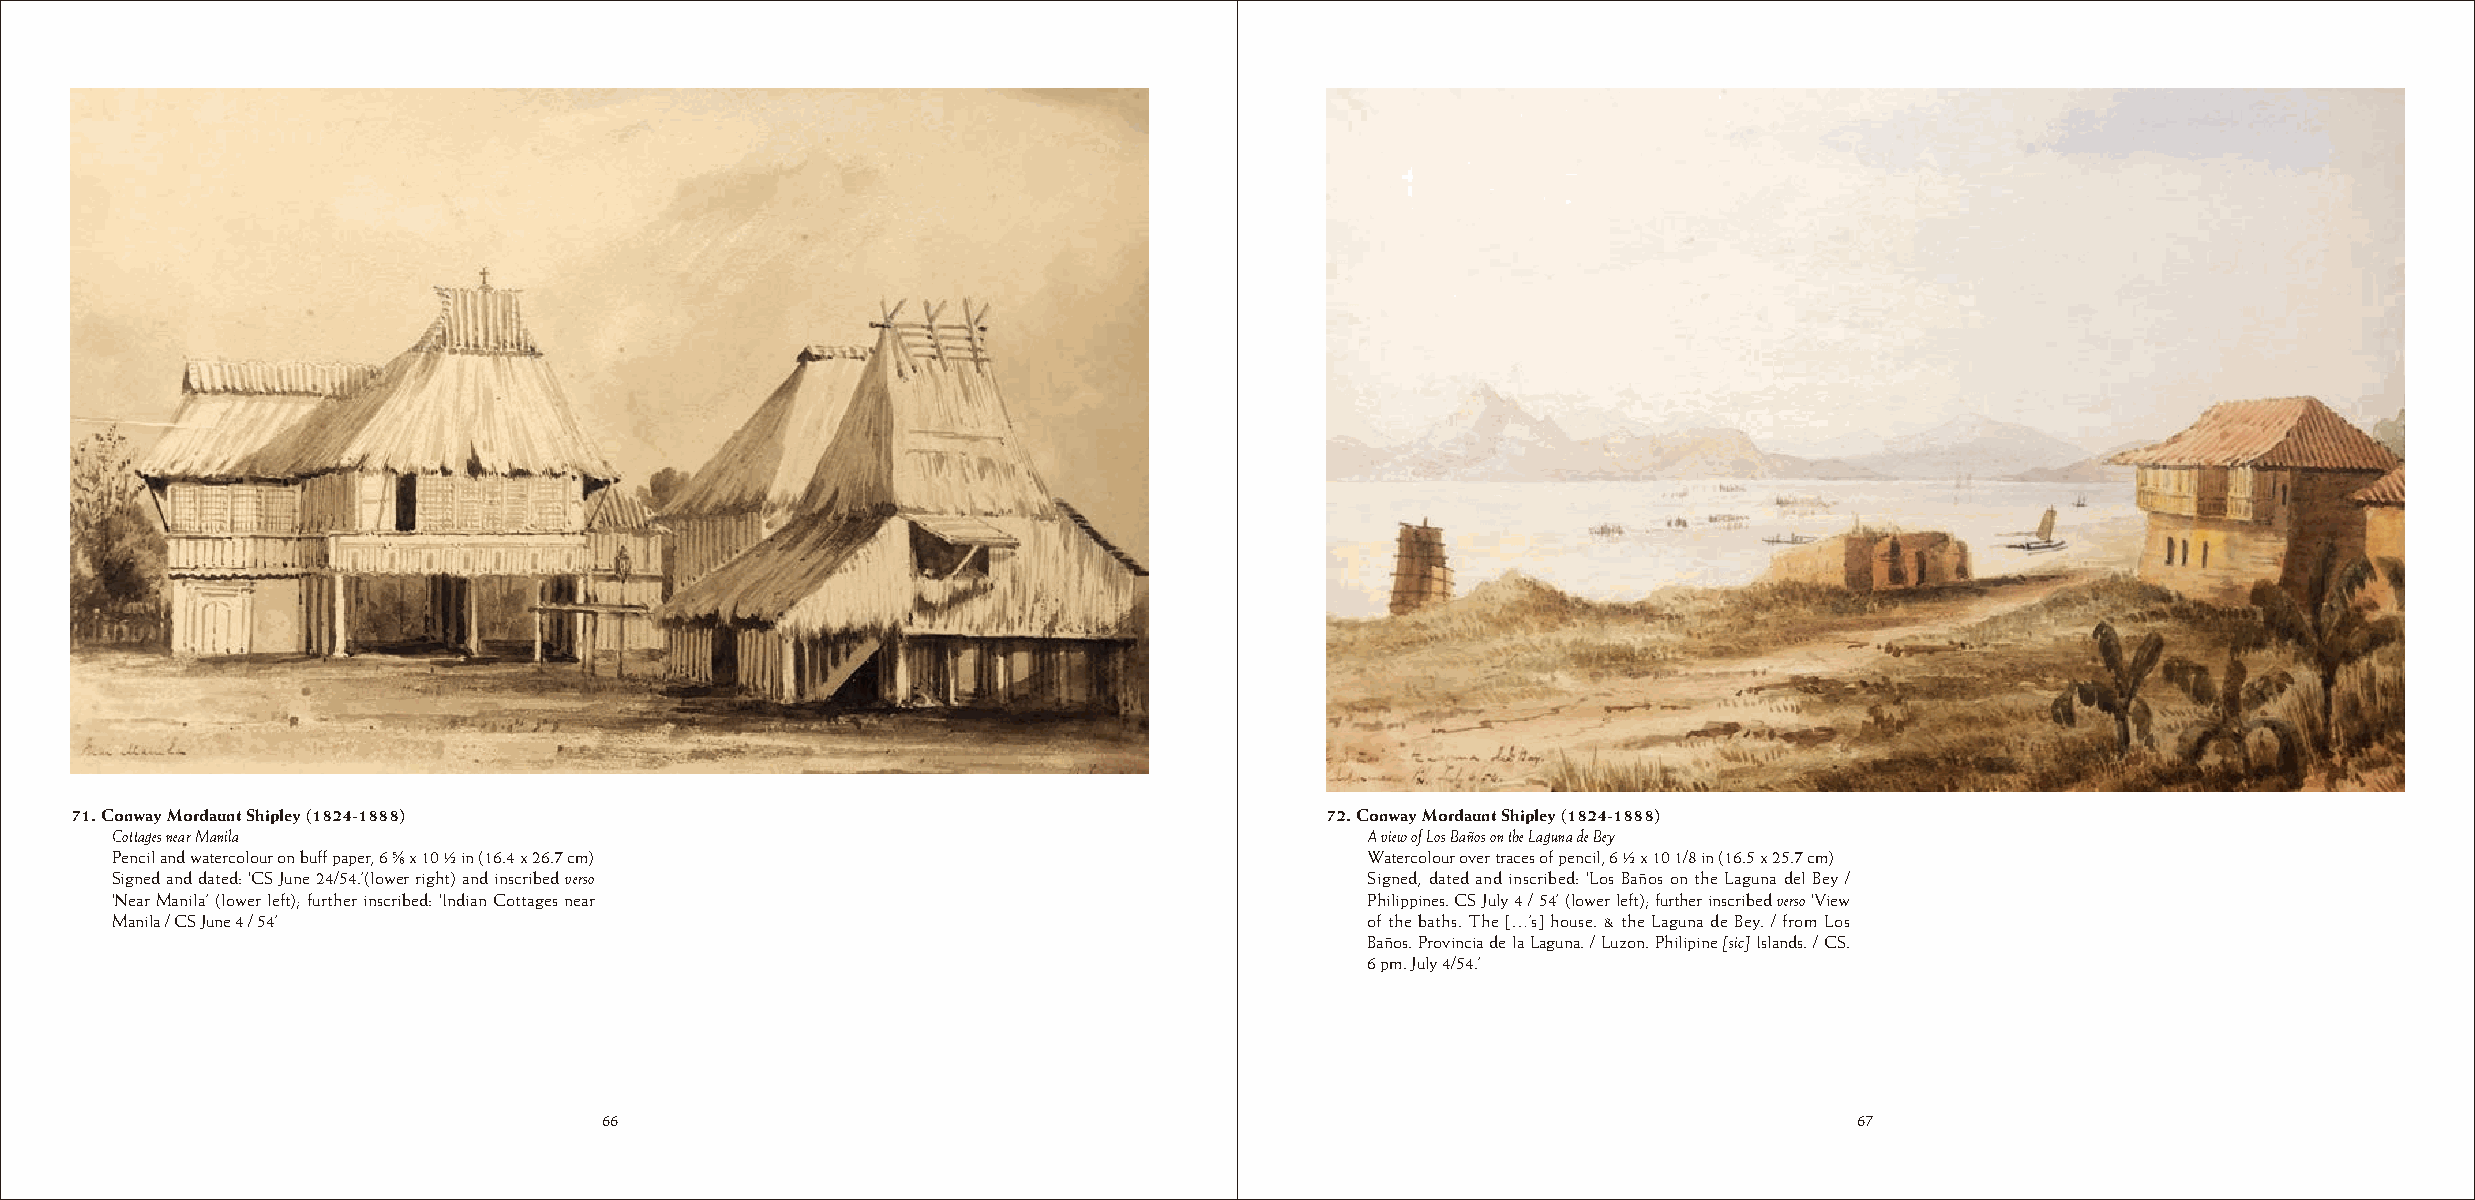
71. Conway Mordaunt Shipley (1824-1888)                                            72. Conway Mordaunt Shipley (1824-1888)
 Cottages near Manila                                                                A view of Los Baños on the Laguna de Bey
 Pencil and watercolour on buff paper, 6 ¬ x 10 ½ in (16.4 x 26.7 cm)                Watercolour over traces of pencil, 6 ½ x 10 1/8 in (16.5 x 25.7 cm)
 Signed and dated: ‘CS June 24/54.’(lower right) and inscribed verso                 Signed, dated and inscribed: ‘Los Baños on the Laguna del Bey /
 ‘Near Manila’ (lower left); further inscribed: ‘Indian Cottages near                Philippines. CS July 4 / 54’ (lower left); further inscribed verso ‘View
 Manila / CS June 4 / 54’                                                            of the baths. The […’s] house. & the Laguna de Bey. / from Los
 Baños. Provincia de la Laguna. / Luzon. Philipine [sic] Islands. / CS.
 6 pm. July 4/54.’
 66                                                                                 67
 66                                                                                 67